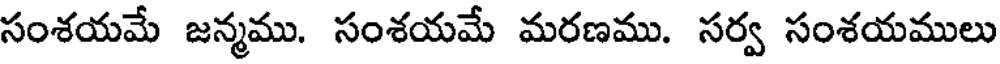
సంశయమే జన్మము. సంశయమే మరణము. సర్వ సంశయములు